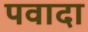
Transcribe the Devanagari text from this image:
पवादा